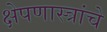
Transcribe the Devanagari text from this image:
क्षेपणास्त्रांचे